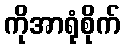
ကိုအာရုံစိုက်